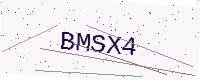
Text: BMSX4